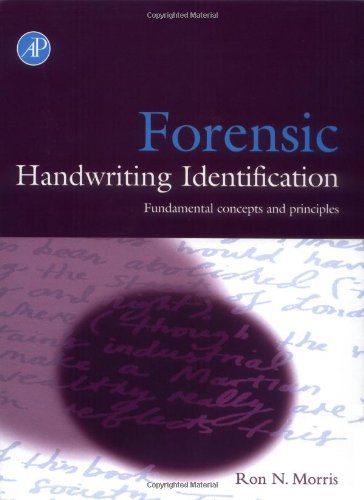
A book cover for Forensic Handwriting Identification: Fundamental Concepts and Principles; Ron N. Morris; Self-Help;